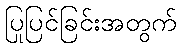
ပြုပြင်ခြင်းအတွက်